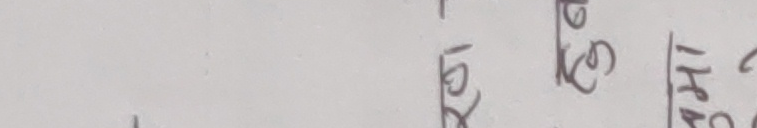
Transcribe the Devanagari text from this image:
स्रोत